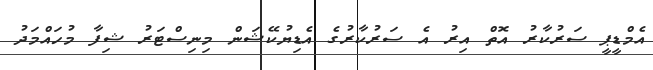
އެމްޑީޕީ ސަރުކާރު އޮތް އިރު އެ ސަރުކާރުގެ އެޑިޔުކޭޝަން މިނިސްޓަރު ޝިފާ މުހައްމަދު